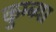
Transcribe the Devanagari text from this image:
कुम्ब्या